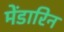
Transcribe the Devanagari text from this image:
मेंडारिन